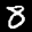
Label: 8